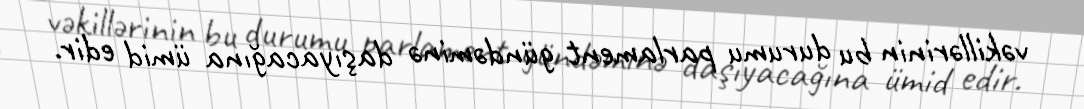
vəkillərinin bu durumu parlament gündəminə daşıyacağına ümid edir.